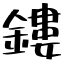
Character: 鏤